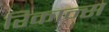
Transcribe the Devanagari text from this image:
रिकान्स